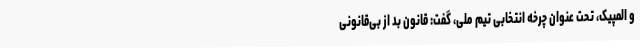
و المپیک، تحت عنوان چرخه انتخابی تیم ملی، گفت: قانون بد از بی‌قانونی